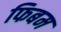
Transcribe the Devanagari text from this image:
फिबम